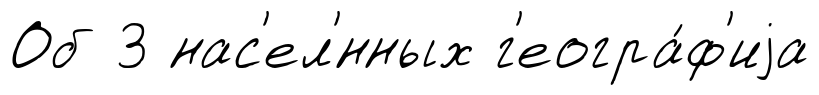
Об 3 нас'ел'́нных г'еогра́ф'иjа